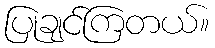
ပြုချင်ကြတယ်။